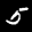
Label: 5